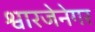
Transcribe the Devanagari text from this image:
श्वारजेनेगर